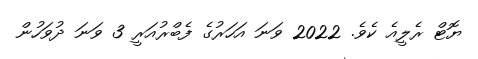
ޔޮޓް ރެލީއެ ކެވެ. 2022 ވަނަ އަހަރުގެ ފެބްރުއަރީ 3 ވަނަ ދުވަހުން